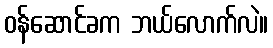
ဝန်ဆောင်ခက ဘယ်လောက်လဲ။